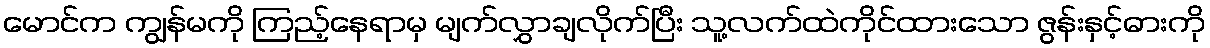
မောင်က ကျွန်မကို ကြည့်နေရာမှ မျက်လွှာချလိုက်ပြီး သူ့လက်ထဲကိုင်ထားသော ဇွန်းနှင့်ဓားကို